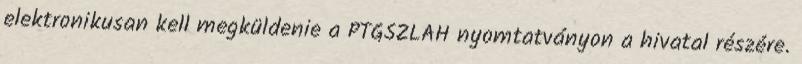
elektronikusan kell megküldenie a PTGSZLAH nyomtatványon a hivatal részére.